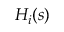
H _ { i } ( s )